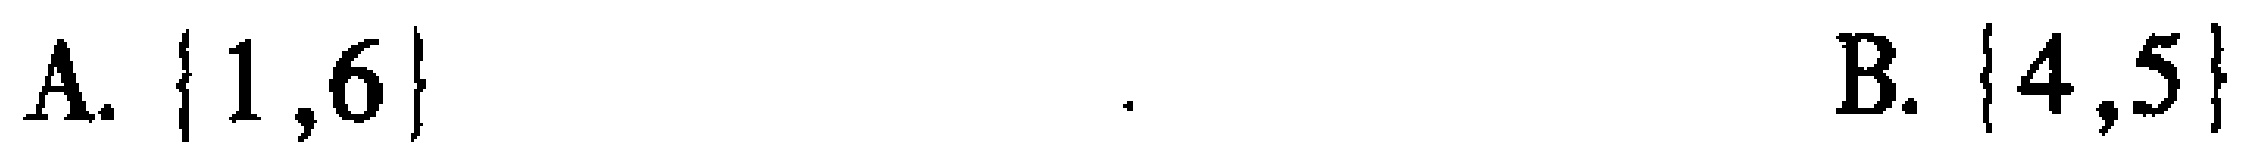
A. $\{1,6\}$  .  B. $\{4,5\}$